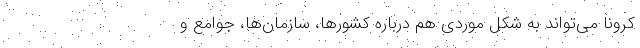
کرونا می‌تواند به شکل موردی هم درباره کشورها، سازمان‌ها، جوامع و